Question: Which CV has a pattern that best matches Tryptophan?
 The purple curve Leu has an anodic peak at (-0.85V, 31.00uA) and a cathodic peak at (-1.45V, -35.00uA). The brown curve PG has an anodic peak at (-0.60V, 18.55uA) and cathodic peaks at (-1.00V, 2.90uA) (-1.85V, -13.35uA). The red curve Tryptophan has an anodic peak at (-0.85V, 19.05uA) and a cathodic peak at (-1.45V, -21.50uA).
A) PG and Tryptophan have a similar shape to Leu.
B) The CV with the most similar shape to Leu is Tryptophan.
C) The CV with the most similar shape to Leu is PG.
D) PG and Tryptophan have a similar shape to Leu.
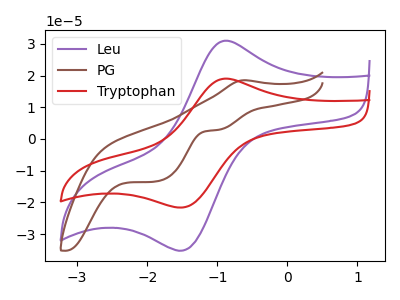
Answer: <think>"Leu" and "PG" have a different number of peaks. All the peaks in "Leu" have a peak in "Tryptophan" at the same potential. Every peak in "Leu" is higher than every peak in "Tryptophan". "PG" and "Tryptophan" have a different number of peaks.
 </think>
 <answer>B) The CV with the most similar shape to "Leu" is "Tryptophan".</answer>
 <eval>B</eval>